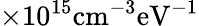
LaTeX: \mathrm{\times 10^{15}cm^{-3}}\mathrm{eV^{-1}}